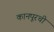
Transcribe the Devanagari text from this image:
कानपूरची